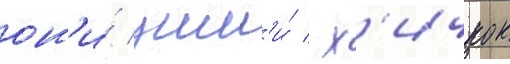
он'и́ ушл'и́ / х'ичкок